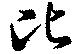
比